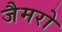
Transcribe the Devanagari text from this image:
जैमरो